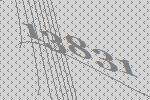
13831